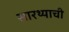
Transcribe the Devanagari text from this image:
सारथ्याची